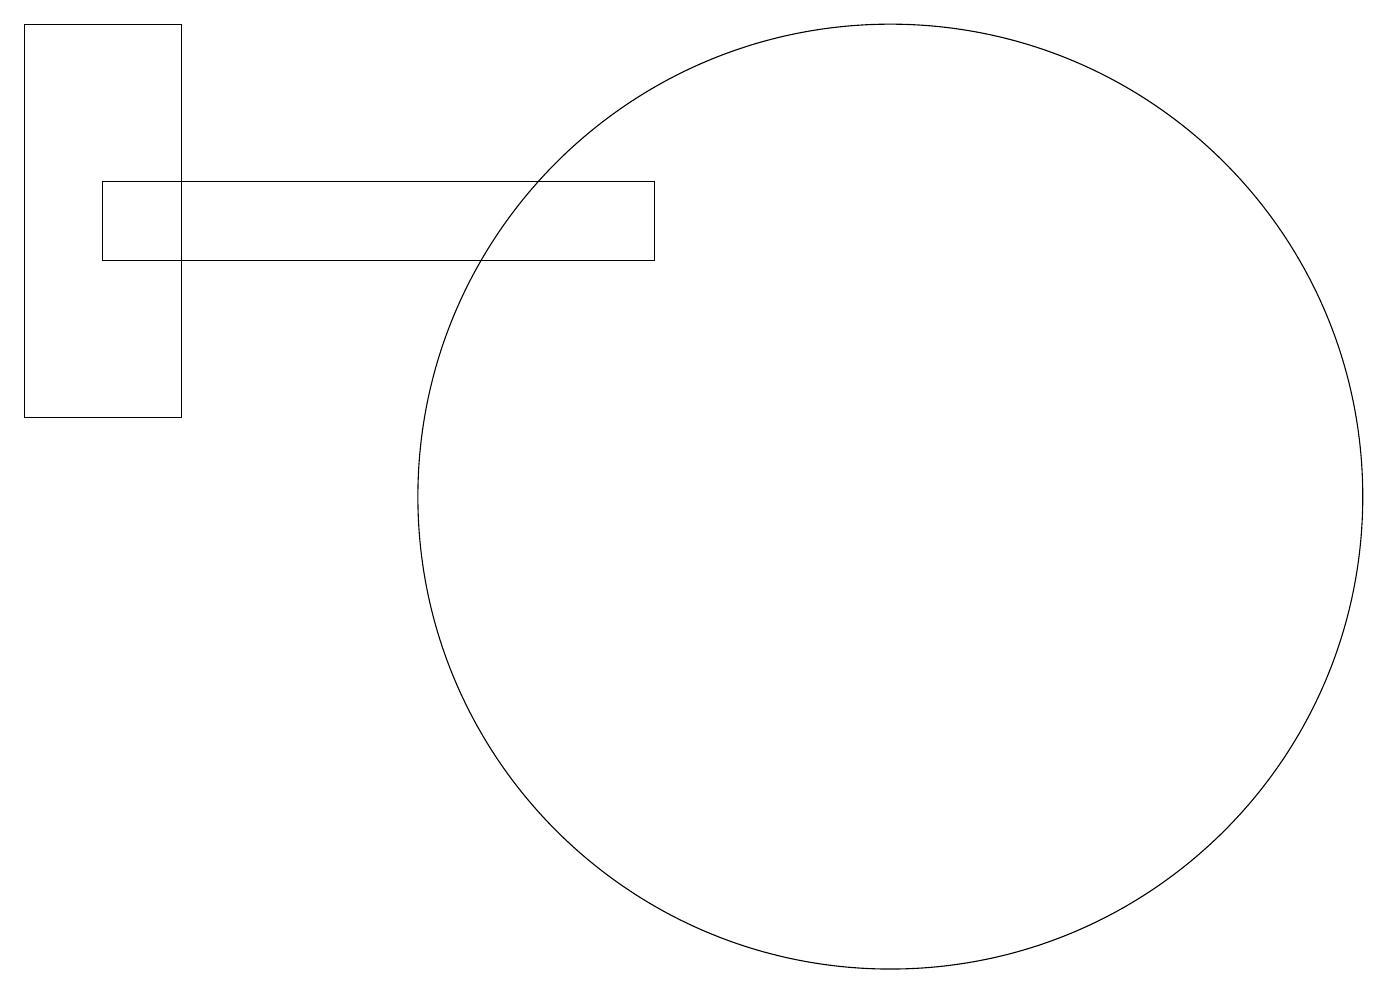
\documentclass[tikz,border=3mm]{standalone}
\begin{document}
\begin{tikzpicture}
\draw (12,11) circle (6);
\draw (1,17) rectangle (3,12);
\draw (2,15) rectangle (9,14);
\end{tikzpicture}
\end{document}